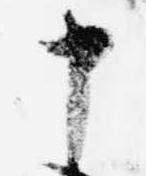
申